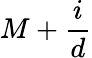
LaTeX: M+\frac{i}{d}